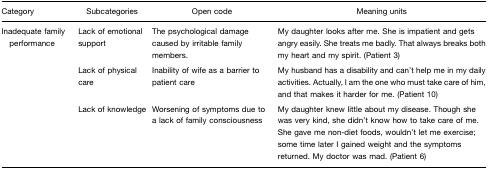
<table><thead><tr><td><b>Category</b></td><td><b>Subcategories</b></td><td><b>Open code</b></td><td><b>Meaning units</b></td></tr></thead><tbody><tr><td>Inadequate family performance</td><td>Lack of emotional support</td><td>The psychological damage caused by irritable family members.</td><td>My daughter looks after me. She is impatient and gets angry easily. She treats me badly. That always breaks both my heart and my spirit. (Patient 3)</td></tr><tr><td></td><td>Lack of physical care</td><td>Inability of wife as a barrier to patient care</td><td>My husband has a disability and can&#x27;t help me in my daily activities. Actually, I am the one who must take care of him, and that makes it harder for me. (Patient 10)</td></tr><tr><td></td><td>Lack of knowledge</td><td>Worsening of symptoms due to a lack of family consciousness</td><td>My daughter knew little about my disease. Though she was very kind, she didn&#x27;t know how to take care of me. She gave me non-diet foods, wouldn&#x27;t let me exercise; some time later I gained weight and the symptoms returned. My doctor was mad. (Patient 6)</td></tr></tbody></table>